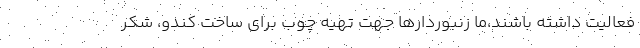
فعالیت داشته باشند،ما زنبوردارها جهت تهیه چوب برای ساخت کندو، شکر